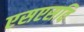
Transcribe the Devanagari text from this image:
एसएसवि